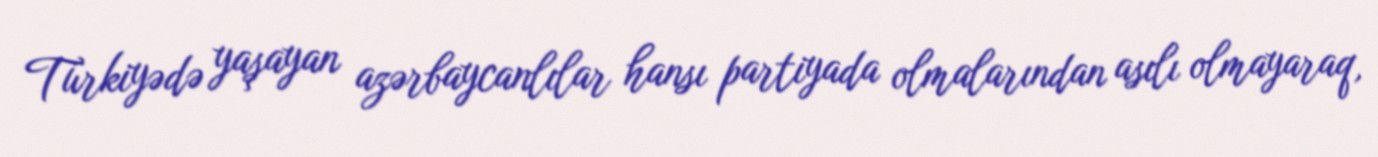
Türkiyədə yaşayan azərbaycanlılar hansı partiyada olmalarından asılı olmayaraq,